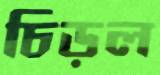
চিড়ল